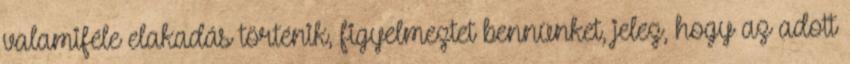
valamiféle elakadás történik, figyelmeztet bennünket, jelez, hogy az adott